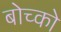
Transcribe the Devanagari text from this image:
बोच्को